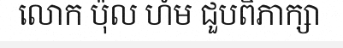
លោក ប៉ុល ហំម ជួបពិភាក្សា